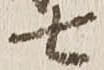
七